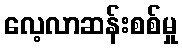
လေ့လာဆန်းစစ်မှု